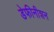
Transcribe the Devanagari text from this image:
डेफीनीशन